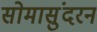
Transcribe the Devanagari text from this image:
सोमासुंदरन